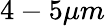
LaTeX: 4-5\mu m